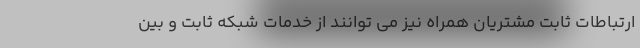
ارتباطات ثابت مشتریان همراه نیز می توانند از خدمات شبکه ثابت و بین